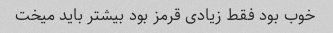
خوب بود فقط زیادی قرمز بود بیشتر باید میخت